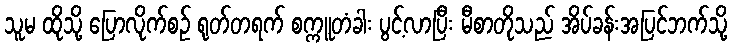
သူမ ထိုသို့ ပြောလိုက်စဉ် ရုတ်တရက် စက္ကူတံခါး ပွင့်လာပြီး မီစာတိုသည် အိပ်ခန်းအပြင်ဘက်သို့